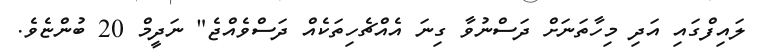
ލައިފްގައި އަދި މިހާތަނަށް ދަސްނުވާ ގިނަ އެއްޗެހިތަކެއް ދަސްވެއްޖެ" ނަދީމް 20 ބުންޏެވެ.